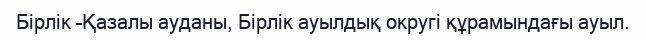
Бірлік –Қазалы ауданы, Бірлік ауылдық округі құрамындағы ауыл.